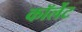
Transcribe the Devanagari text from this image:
कॉर्लेट